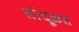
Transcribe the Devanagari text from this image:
तांदूळत